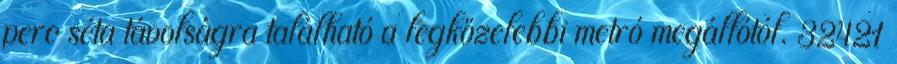
perc séta távolságra található a legközelebbi metró megállótól. 32421